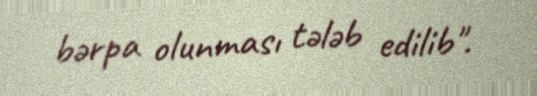
bərpa olunması tələb edilib".